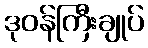
ဒုဝန်ကြီးချုပ်